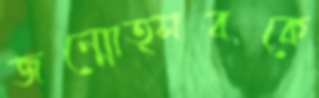
জন্মোত্সবকে